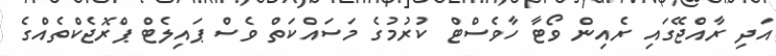
އަދި ރާއްޖޭގައި ރެއިން ވޯޓާ ހާވެސްޓް ކުރުމުގެ މަސައްކަތް ވެސް ޕައިލެޓް ޕްރޮޖެކްތެއްގެ